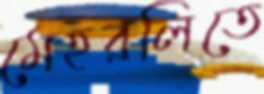
মেহরলিতে